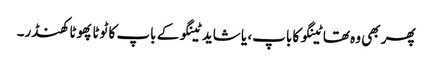
پھر بھی وہ تھا ٹینگو کا باپ، یا شاید ٹینگو کے باپ کا ٹوٹا پھوٹا کھنڈر۔